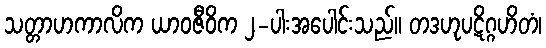
သတ္တာဟကာလိက ယာဝဇီဝိက ၂-ပါးအပေါင်းသည်။ တဒဟုပဋိဂ္ဂဟိတံ၊